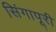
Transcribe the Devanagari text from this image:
सिंगापूरी